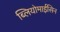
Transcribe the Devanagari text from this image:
ब्लियोमाईसिन